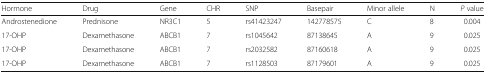
<table><thead><tr><td><b>Hormone</b></td><td><b>Drug</b></td><td><b>Gene</b></td><td><b>CHR</b></td><td><b>SNP</b></td><td><b>Basepair</b></td><td><b>Minor allele</b></td><td><b>N</b></td><td><b><i>P</i> value</b></td></tr></thead><tbody><tr><td>Androstenedione</td><td>Prednisone</td><td>NR3C1</td><td>5</td><td>rs41423247</td><td>142778575</td><td>C</td><td>8</td><td>0.004</td></tr><tr><td>17-OHP</td><td>Dexamethasone</td><td>ABCB1</td><td>7</td><td>rs1045642</td><td>87138645</td><td>A</td><td>9</td><td>0.025</td></tr><tr><td>17-OHP</td><td>Dexamethasone</td><td>ABCB1</td><td>7</td><td>rs2032582</td><td>87160618</td><td>A</td><td>9</td><td>0.025</td></tr><tr><td>17-OHP</td><td>Dexamethasone</td><td>ABCB1</td><td>7</td><td>rs1128503</td><td>87179601</td><td>A</td><td>9</td><td>0.025</td></tr></tbody></table>